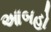
આબહો